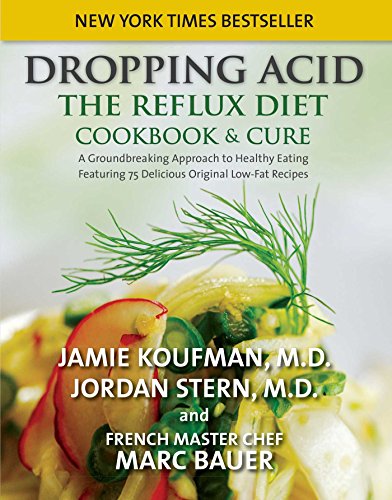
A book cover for Dropping Acid: The Reflux Diet Cookbook & Cure; Jamie Koufman; Cookbooks, Food & Wine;